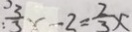
: \frac { 3 } { 3 } x - 2 = \frac { 2 } { 3 } x